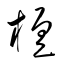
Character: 檀